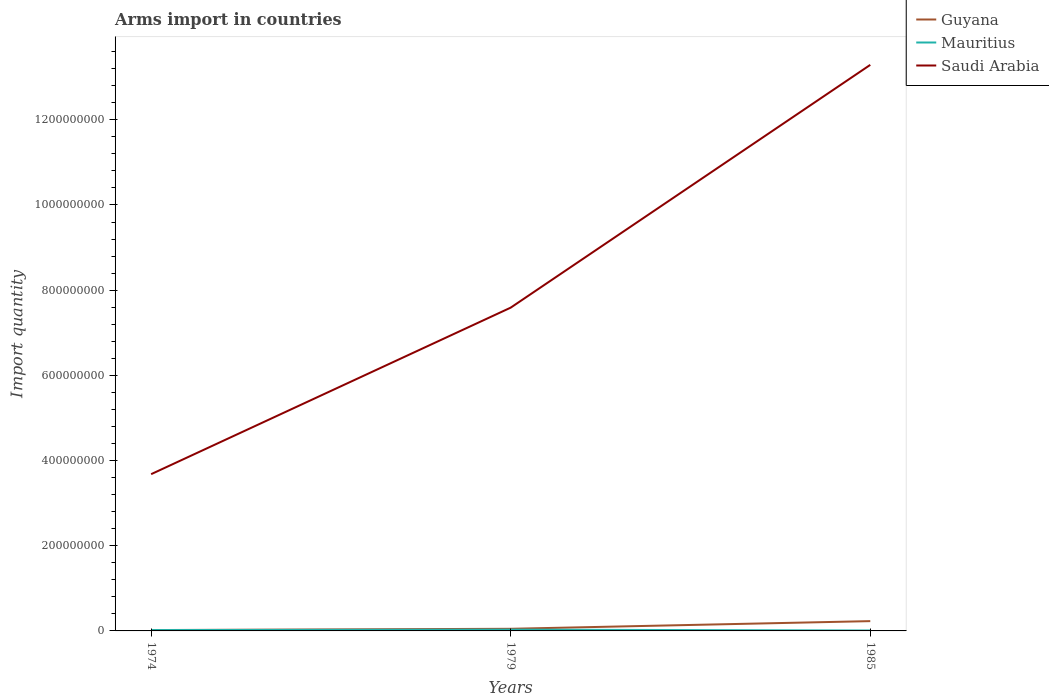
| Years | Guyana | Mauritius | Saudi Arabia |
 | --- | --- | --- | --- |
 | 1974 | 2e+06 | 2e+06 | 3.68e+08 |
 | 1979 | 5e+06 | 3e+06 | 7.59e+08 |
 | 1985 | 2.3e+07 | 1e+06 | 1.33e+09 |